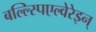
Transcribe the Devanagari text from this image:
बल्ल्स्पिएल्वेरेइन्